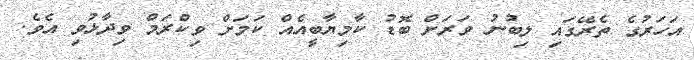
އަހަރުގެ ތެރޭގައި ލިބުނު ވަރަށް ބޮޑު ކާމިޔާބީއެއް ކަމަށް ވިކްރަމް ވިދާޅުވި އެވެ.